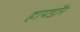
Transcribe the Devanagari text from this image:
हायडॉर